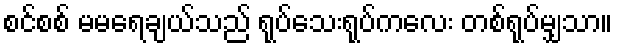
စင်စစ် မမရေချယ်သည် ရုပ်သေးရုပ်ကလေး တစ်ရုပ်မျှသာ။